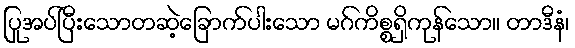
ပြုအပ်ပြီးသောတဆဲ့ခြောက်ပါးသော မဂ်ကိစ္စရှိကုန်သော။ တာဒီနံ၊